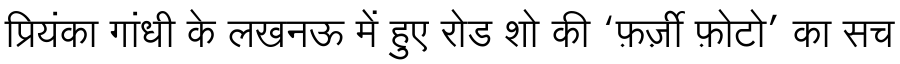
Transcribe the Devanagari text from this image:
प्रियंका गांधी के लखनऊ में हुए रोड शो की ‘फ़र्ज़ी फ़ोटो’ का सच